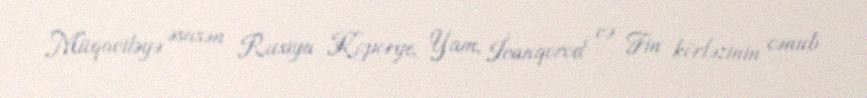
Müqaviləyə əsasən Rusiya Koporye, Yam, İvanqorod və Fin körfəzinin cənub